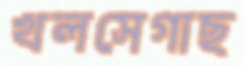
খলসেগাছ